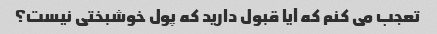
تعجب می کنم که آیا قبول دارید که پول خوشبختی نیست؟